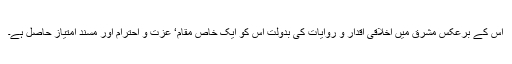
اس کے برعکس مشرق میں اخلاقی اقدار و روایات کی بدولت اس کو ایک خاص مقام‘ عزت و احترام اور مسندِ امتیاز حاصل ہے۔